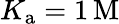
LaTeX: K_{\mathrm{a}}=1\, \mathrm{M}